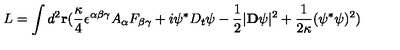
L = \int d ^ { 2 } { \bf r } ( { \frac { \kappa } { 4 } } \epsilon ^ { \alpha \beta \gamma } A _ { \alpha } F _ { \beta \gamma } + i \psi ^ { \ast } D _ { t } \psi - { \frac { 1 } { 2 } } | { \bf D } \psi | ^ { 2 } + { \frac { 1 } { 2 \kappa } } ( \psi ^ { \ast } \psi ) ^ { 2 } )